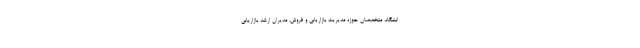
انشگاه، متخصصان حوزه مدیریت بازاریابی و فروش، مدیران ارشد بازاریابی